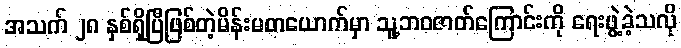
အသက် ၂၈ နှစ်ရှိပြီဖြစ်တဲ့မိန်းမတယောက်မှာ သူ့ဘဝဇာတ်ကြောင်းကို ရေးဖွဲ့ခဲ့သလို